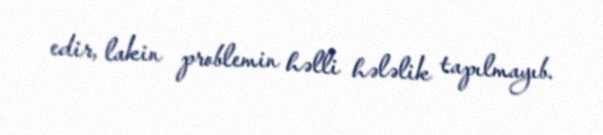
edir, lakin problemin həlli hələlik tapılmayıb.